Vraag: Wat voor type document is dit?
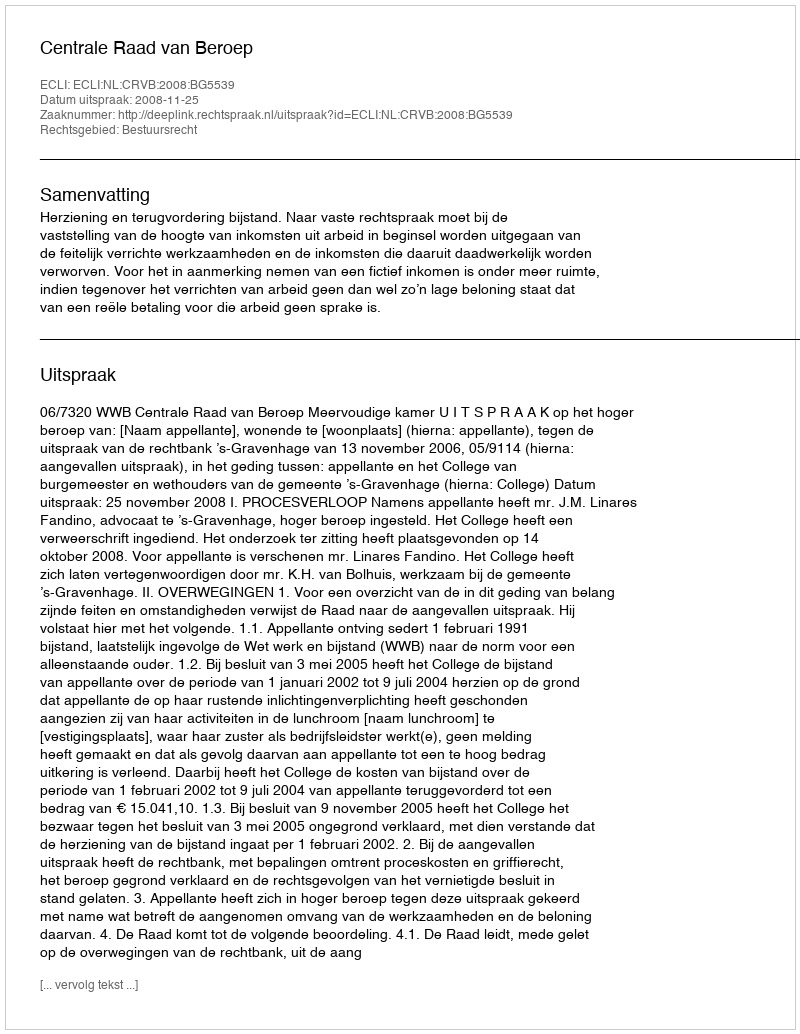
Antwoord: Uitspraak